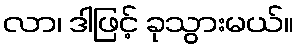
လာ၊ ဒါဖြင့် ခုသွားမယ်။